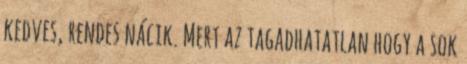
kedves, rendes nácik. Mert az tagadhatatlan hogy a sok